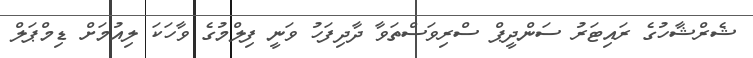
ޝެރްޝާހުގެ ރައިޓަރު ސަންދީޕް ސްރިވަސްތަވާ ދާދިފަހު ވަނީ ފިލްމުގެ ވާހަކަ ލިއުމަށް ޑިމްޕަލް